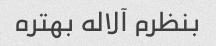
بنظرم آلاله بهتره